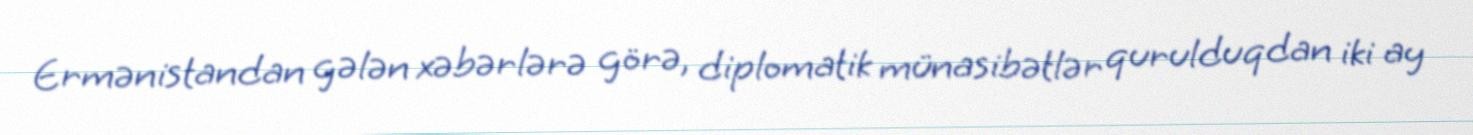
Ermənistandan gələn xəbərlərə görə, diplomatik münasibətlər qurulduqdan iki ay